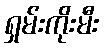
ရှမ်းကိုးမီး